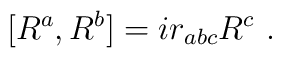
[ R^a , R^b ] = i r_{abc} R^c \ .